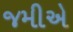
જમીએ